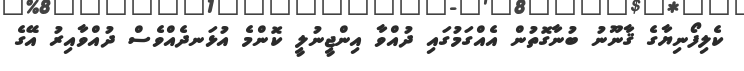
ކެލިފޯނިޔާގެ ޤާނޫނު ބުނާގޮތުން އެއްގަމުގައި ދުއްވާ އިންޖީނުލީ ކޮންމެ އުޅަނދެއްވެސް ދުއްވާއިރު އޭގެ